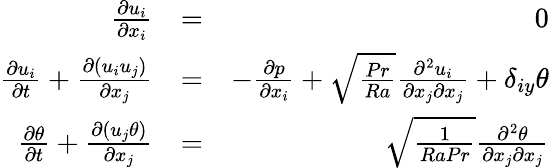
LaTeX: \begin{array}{rlr}{\frac{\partial u_{i}}{\partial x_{i}}}&{=}&{0}\\ {\frac{\partial u_{i}}{\partial t}+\frac{\partial(u_{i}u_{j})}{\partial x_{j}}}&{=}&{-\frac{\partial p}{\partial x_{i}}+\sqrt{\frac{Pr}{Ra}}\frac{\partial^{2}u_{i}}{\partial x_{j}\partial x_{j}}+\delta_{iy}\theta}\\ {\frac{\partial\theta}{\partial t}+\frac{\partial(u_{j}\theta)}{\partial x_{j}}}&{=}&{\sqrt{\frac{1}{RaPr}}\frac{\partial^{2}\theta}{\partial x_{j}\partial x_{j}}}\end{array}